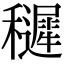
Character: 䆈